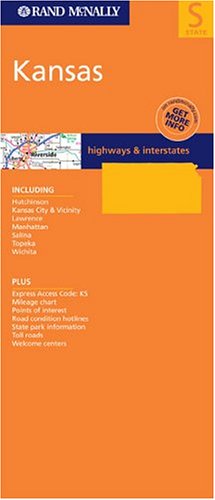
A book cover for Kansas; Rand McNally; Travel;